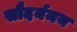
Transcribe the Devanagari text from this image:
सौदर्यमय